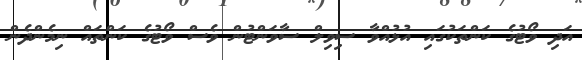
އަދި ވޯޓުގެ ކަންތަކުގައި އުޅުއްވާ ސިވިލް ސާވަންޓުން ވެސް ވޯޓުގެ ކަންތައް ނިމެންދެން